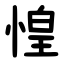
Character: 惶